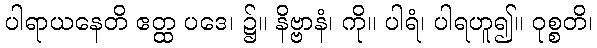
ပါရာယနေတိ ဧတ္ထ ပဒေ၊ ၌။ နိဗ္ဗာနံ၊ ကို။ ပါရံ၊ ပါရဟူ၍။ ဝုစ္စတိ၊